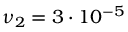
\nu _ { 2 } = 3 \cdot 1 0 ^ { - 5 }